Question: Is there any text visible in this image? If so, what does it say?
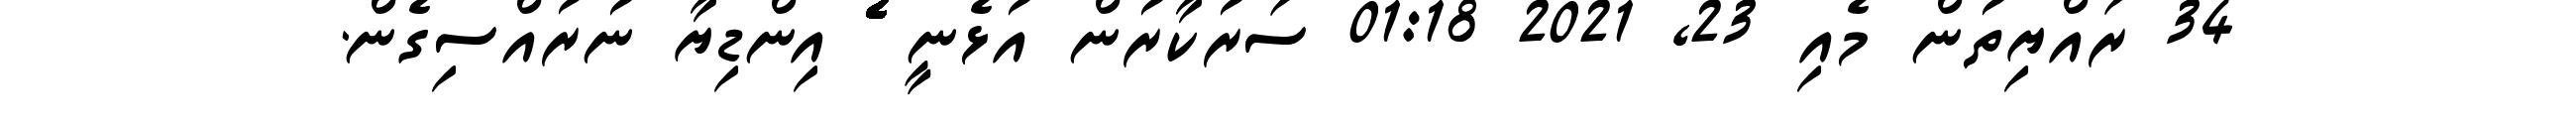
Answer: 34 ރައްޔިތުން މެއި 23, 2021 01:18 ސަރުކާރުން އުޅެނީ ެެެެެެެެެެެެެެެެެެެެެެެެެެެެެެެެެެެެެެެެެެެެެެެެެެެެެެެެެެެެެެެ އިންޑިޔާ ނުރުއްސިގެން.